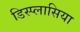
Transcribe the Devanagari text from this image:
डिस्प्लासिया